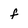
Character: f